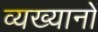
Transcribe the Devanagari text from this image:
व्यख्यानों